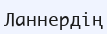
Ланнердің